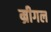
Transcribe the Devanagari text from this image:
म्रीगल